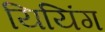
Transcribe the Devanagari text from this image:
यियिंग